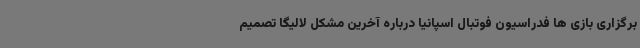
برگزاری بازی ها فدراسیون فوتبال اسپانیا درباره آخرین مشکل لالیگا تصمیم